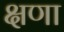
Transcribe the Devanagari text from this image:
क्षणा